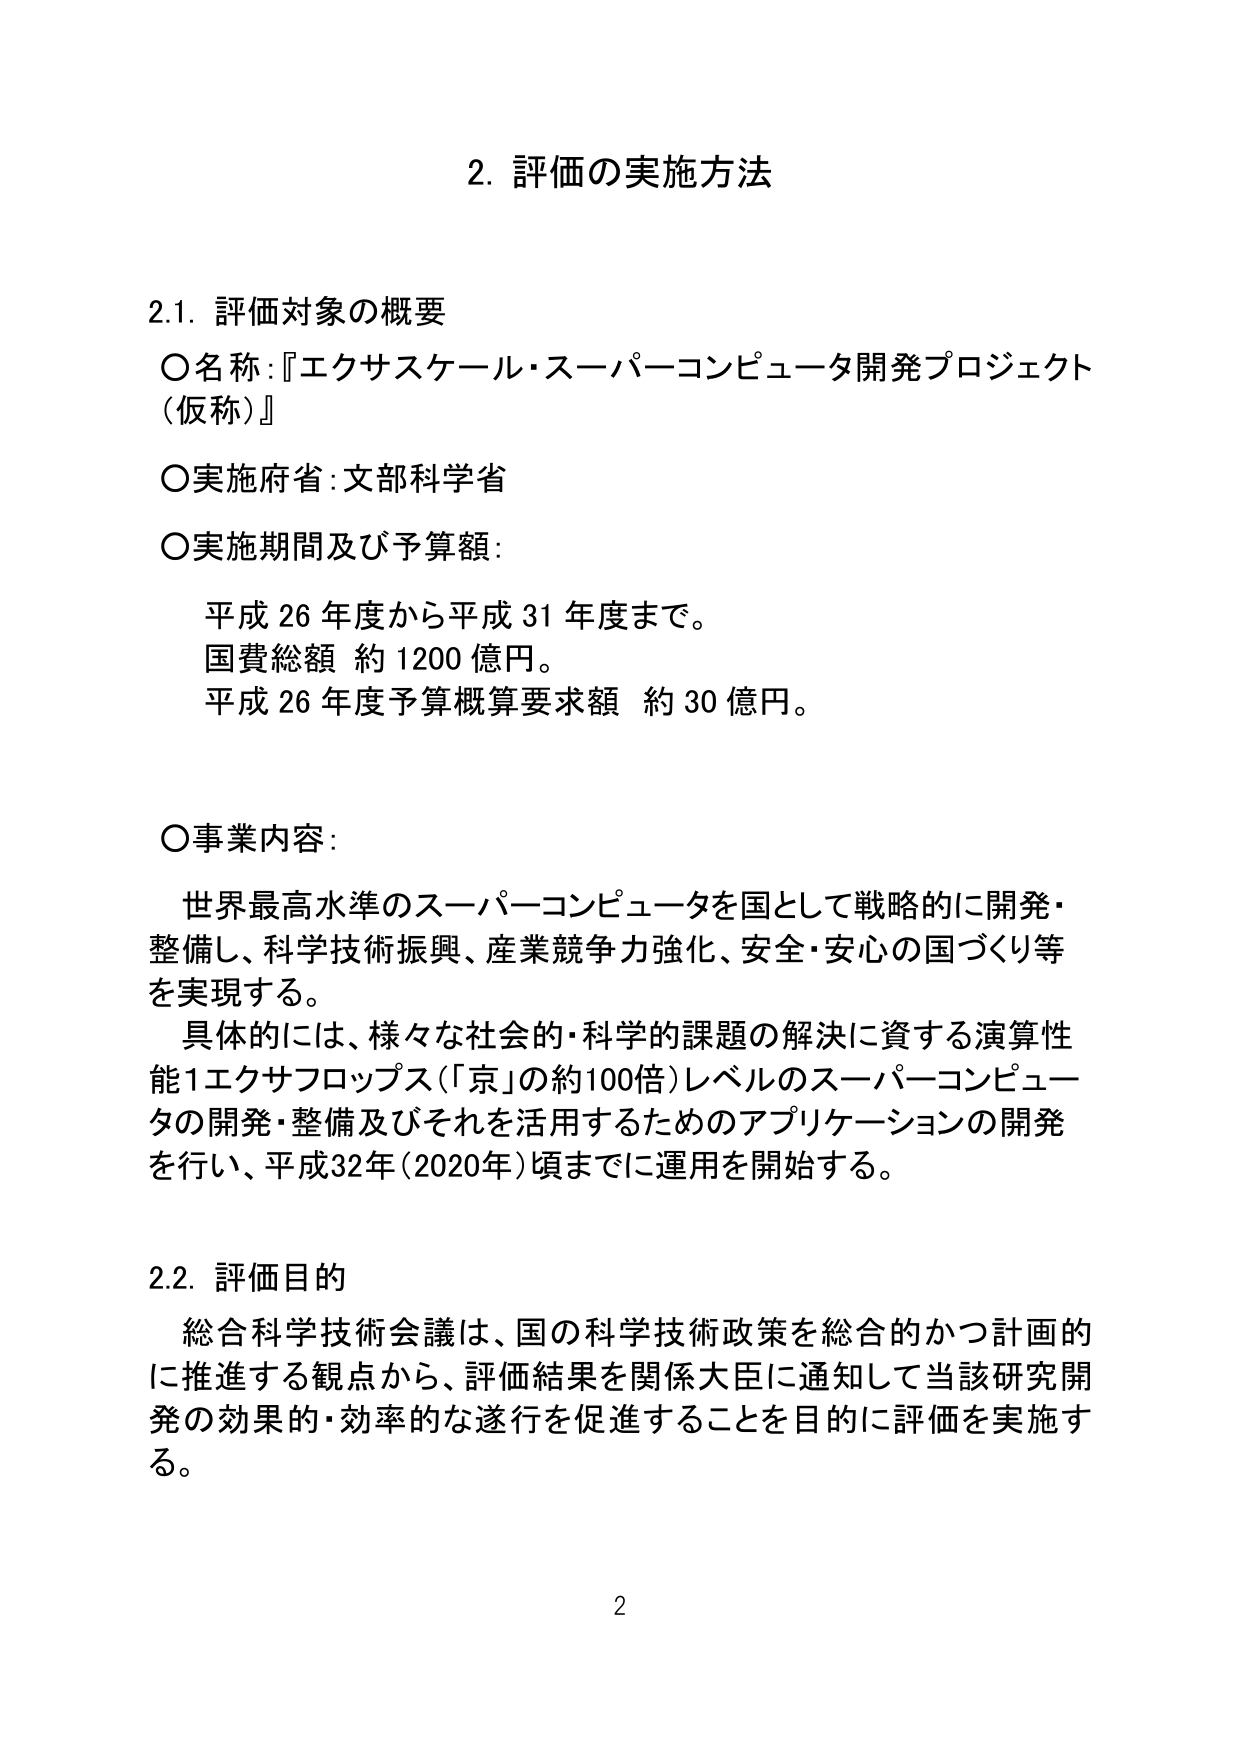
2. 評価の実施方法

2.1. 評価対象の概要
○名称：『エクサスケール・スーパーコンピュータ開発プロジェクト（仮称）』
○実施府省：文部科学省
○実施期間及び予算額：
　平成26年度から平成31年度まで。
　国費総額 約1200億円。
　平成26年度予算概算要求額 約30億円。

○事業内容：
　世界最高水準のスーパーコンピュータを国として戦略的に開発・整備し、科学技術振興、産業競争力強化、安全・安心の国づくり等を実現する。
　具体的には、様々な社会的・科学的課題の解決に資する演算性能1エクサフロップス（「京」の約100倍）レベルのスーパーコンピュータの開発・整備及びそれを活用するためのアプリケーションの開発を行い、平成32年（2020年）頃までに運用を開始する。

2.2. 評価目的
　総合科学技術会議は、国の科学技術政策を総合的かつ計画的に推進する観点から、評価結果を関係大臣に通知して当該研究開発の効果的・効率的な遂行を促進することを目的に評価を実施する。

2